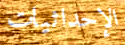
الإحداثيات